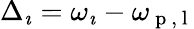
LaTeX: \Delta_{\imath}=\omega_{\imath}-\omega_{\mathrm{~p~},\mathrm{~l~}}